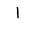
Letter: _alif